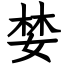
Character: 婪